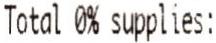
TOTAL 0% SUPPLIES: